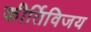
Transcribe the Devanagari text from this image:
कीर्तिविजय